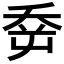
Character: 𡴘